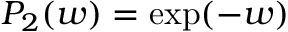
P _ { 2 } ( w ) = \exp ( - w )